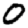
Digit: 0